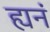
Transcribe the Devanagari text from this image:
ह्यनं